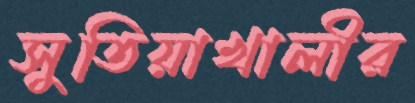
সুতিয়াখালীর